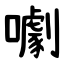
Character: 㘌